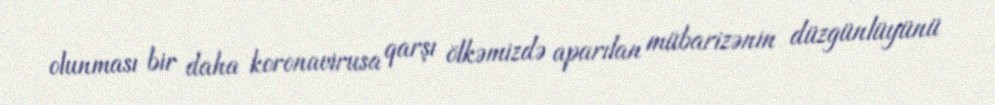
olunması bir daha koronavirusa qarşı ölkəmizdə aparılan mübarizənin düzgünlüyünü